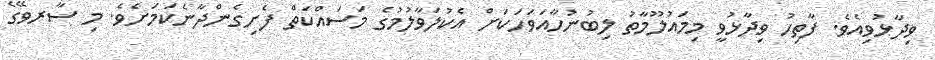
ވިދާޅުވިއެވެ. ފާތިހު ވިދާޅުވީ މިމައުލޫމާތު ލިބުނުހާއަވަހަކަށް އެކުލަވާލުމުގެ މަސައްކަތް ފެށިގެންދާނެކަމަށެވެ. މި ސާރވޭގެ